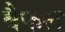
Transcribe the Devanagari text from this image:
बैफल